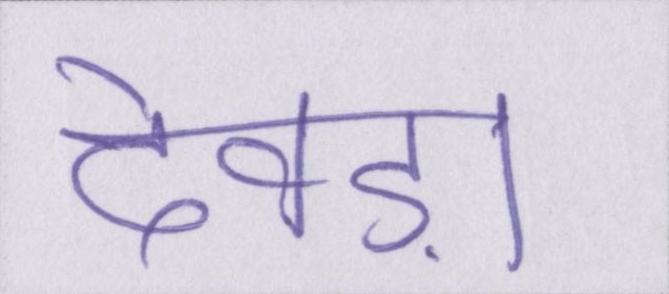
देवड़ा